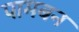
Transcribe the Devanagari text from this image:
पामबन